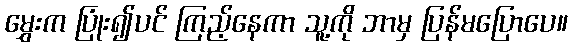
မွှေးက ပြုံး၍ပင် ကြည့်နေကာ သူ့ကို ဘာမှ ပြန်မပြောပေ။